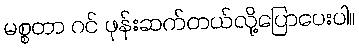
မစ္စတာ ဂင် ဖုန်းဆက်တယ်လို့ပြောပေးပါ။